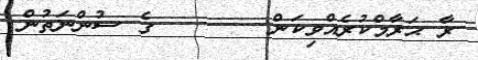
ރާ ޙަރާމްކުރެއްވިކަން       ގެ ސުންނަތުން